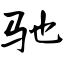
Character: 驰